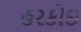
હરકોઇ